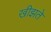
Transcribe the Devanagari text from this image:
खीझते